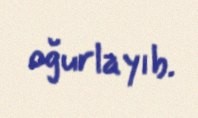
oğurlayıb.